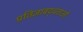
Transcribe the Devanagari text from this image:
प्रतिज्ञाबद्धताओं